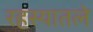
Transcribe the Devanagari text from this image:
रहस्यातले